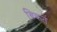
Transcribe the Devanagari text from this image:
बिकतें